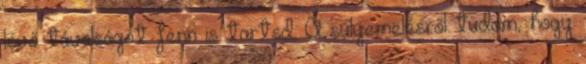
lévő távolságot fenn is tartsd. A súlyemelésről tudom, hogy